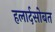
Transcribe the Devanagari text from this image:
हलार्दसोबत